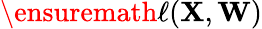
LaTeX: \ensuremath{\ell}({\mathbf{{X}}},{\mathbf{{W}}})